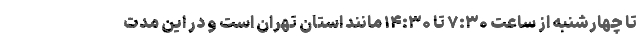
تا چهارشنبه از ساعت ۷:۳۰ تا ۱۴:۳۰ مانند استان تهران است و در این مدت